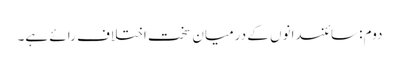
دوم: سائنسدانوں کے درمیان سخت اختلاف رائے ہے۔